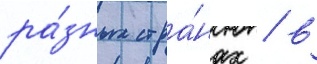
ра́зных стра́нах / в